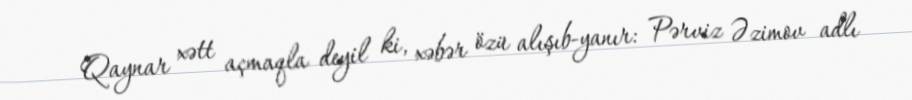
Qaynar xətt açmaqla deyil ki, xəbər özü alışıb-yanır: Pərviz Əzimov adlı